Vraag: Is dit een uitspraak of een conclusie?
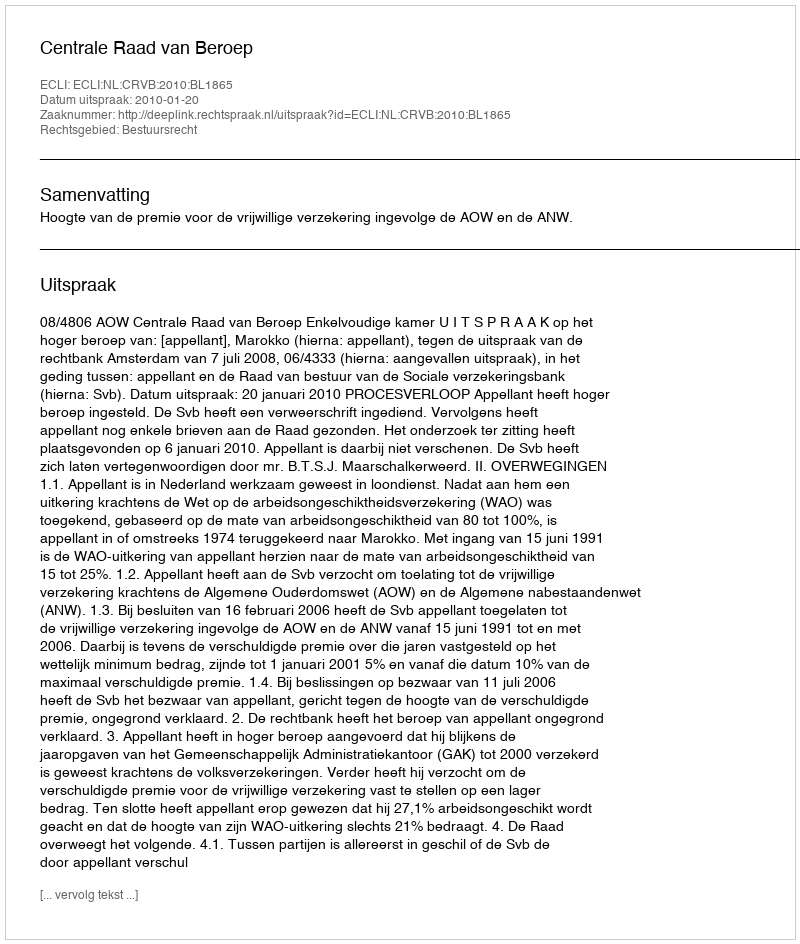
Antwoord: Uitspraak